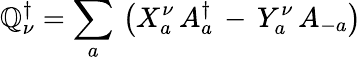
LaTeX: \mathbb{Q}_{\nu}^{\dagger}=\sum_{a}\, \left(X_{a}^{\nu}\, A_{a}^{\dagger}\, -\, Y_{a}^{\nu}\, A_{-a}\right)